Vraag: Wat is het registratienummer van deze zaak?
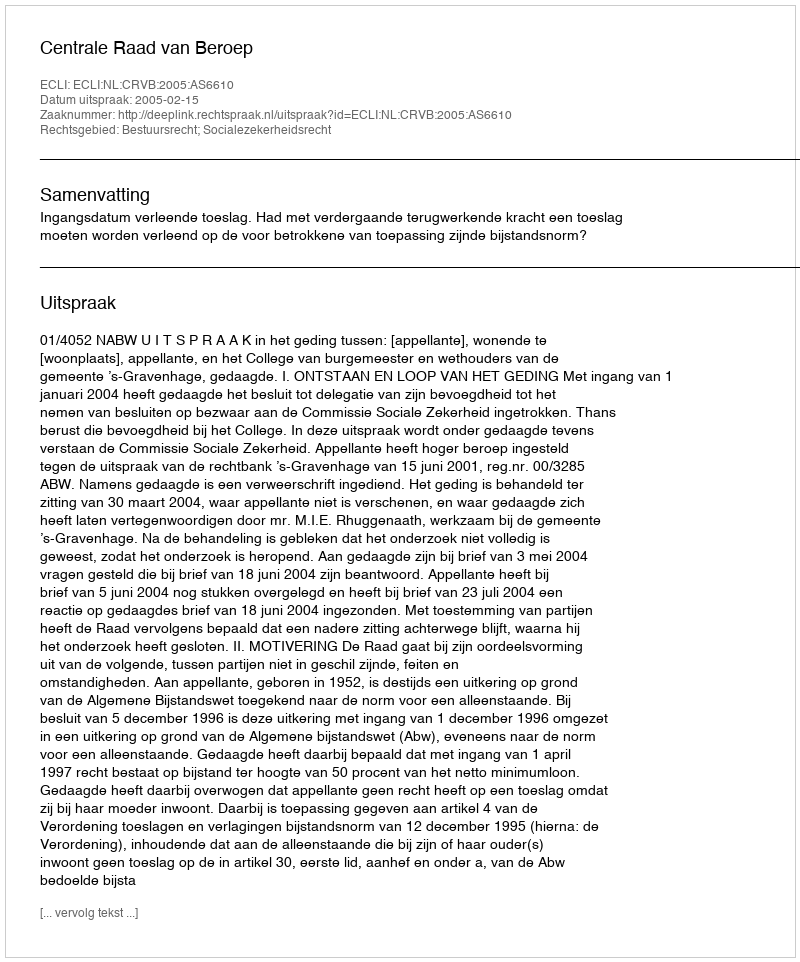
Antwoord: http://deeplink.rechtspraak.nl/uitspraak?id=ECLI:NL:CRVB:2005:AS6610